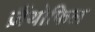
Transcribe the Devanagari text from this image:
ज़ैंथोफिल